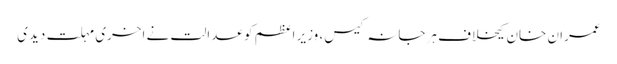
عمران خان کیخلاف ہرجانہ کیس، وزیر اعظم کو عدالت نے اخری مہلت دیدی